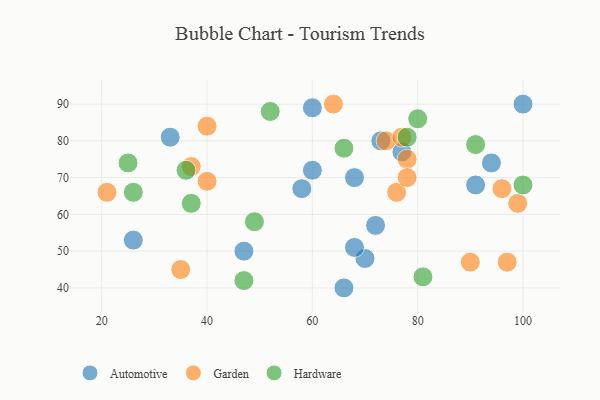
{"axis": {"x": "GDP", "y": "Life Expectancy"}, "legend": ["Automotive", "Garden", "Hardware"], "data": [{"x": "47", "y": 50, "type": "Automotive"}, {"x": "70", "y": 48, "type": "Automotive"}, {"x": "77", "y": 77, "type": "Automotive"}, {"x": "72", "y": 57, "type": "Automotive"}, {"x": "100", "y": 90, "type": "Automotive"}, {"x": "60", "y": 89, "type": "Automotive"}, {"x": "66", "y": 40, "type": "Automotive"}, {"x": "58", "y": 67, "type": "Automotive"}, {"x": "68", "y": 70, "type": "Automotive"}, {"x": "94", "y": 74, "type": "Automotive"}, {"x": "60", "y": 72, "type": "Automotive"}, {"x": "73", "y": 80, "type": "Automotive"}, {"x": "26", "y": 53, "type": "Automotive"}, {"x": "33", "y": 81, "type": "Automotive"}, {"x": "91", "y": 68, "type": "Automotive"}, {"x": "68", "y": 51, "type": "Automotive"}, {"x": "64", "y": 90, "type": "Garden"}, {"x": "74", "y": 80, "type": "Garden"}, {"x": "78", "y": 75, "type": "Garden"}, {"x": "76", "y": 66, "type": "Garden"}, {"x": "96", "y": 67, "type": "Garden"}, {"x": "40", "y": 84, "type": "Garden"}, {"x": "97", "y": 47, "type": "Garden"}, {"x": "21", "y": 66, "type": "Garden"}, {"x": "35", "y": 45, "type": "Garden"}, {"x": "99", "y": 63, "type": "Garden"}, {"x": "90", "y": 47, "type": "Garden"}, {"x": "78", "y": 70, "type": "Garden"}, {"x": "77", "y": 81, "type": "Garden"}, {"x": "37", "y": 73, "type": "Garden"}, {"x": "40", "y": 69, "type": "Garden"}, {"x": "100", "y": 68, "type": "Hardware"}, {"x": "26", "y": 66, "type": "Hardware"}, {"x": "80", "y": 86, "type": "Hardware"}, {"x": "49", "y": 58, "type": "Hardware"}, {"x": "47", "y": 42, "type": "Hardware"}, {"x": "81", "y": 43, "type": "Hardware"}, {"x": "91", "y": 79, "type": "Hardware"}, {"x": "25", "y": 74, "type": "Hardware"}, {"x": "36", "y": 72, "type": "Hardware"}, {"x": "78", "y": 81, "type": "Hardware"}, {"x": "52", "y": 88, "type": "Hardware"}, {"x": "66", "y": 78, "type": "Hardware"}, {"x": "37", "y": 63, "type": "Hardware"}]}